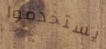
يستخدموا